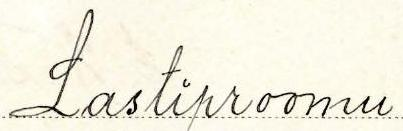
Lastiproomu